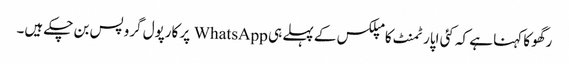
رگھو کا کہنا ہے کہ کئی اپارٹمنٹ کامپلکس کے پہلے ہی WhatsApp پر کارپول گروپس بن چکے ہیں۔